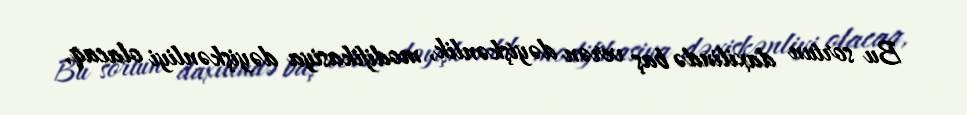
Bu sortun daxilində baş verən dəyişkənlik, modifikasiya dəyişkənliyi olacaq,